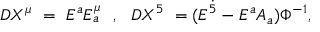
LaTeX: D X ^ { \mu } ~ = ~ E ^ { a } E _ { a } ^ { \mu } ~ ~ , ~ ~ D X ^ { 5 } ~ = ( E ^ { \dot { 5 } } - E ^ { a } A _ { a } ) \Phi ^ { - 1 } ,